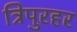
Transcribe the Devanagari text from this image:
त्रिपुरहर